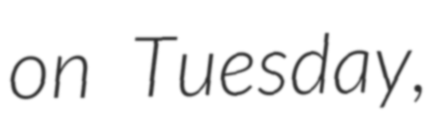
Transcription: on Tuesday,